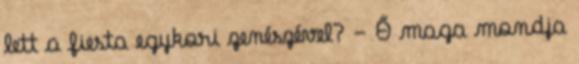
lett a fiesta egykori zenészével? - Ő maga mondja